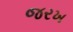
જરખ